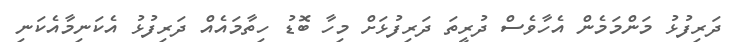
ދަރިފުޅު މަންމަމެން އެހާވެސް ދުރީތަ ދަރިފުޅަށް މިހާ ބޮޑު ހިތާމައެއް ދަރިފުޅު އެކަނިމާއެކަނި